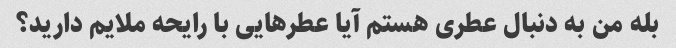
بله من به دنبال عطری هستم آیا عطرهایی با رایحه ملایم دارید؟